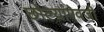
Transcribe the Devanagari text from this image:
छोल्यांऐवजी